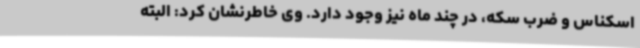
اسکناس و ضرب سکه، در چند ماه نیز وجود دارد. وی خاطرنشان کرد: البته